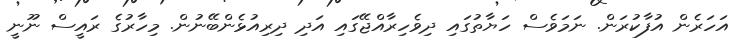
އަހަރެން އުފާކުރަން. ނަމަވެސް ހަޔާތުގައި ދިވެހިރާއްޖޭގައި އަދި ދިރިއުޅެންބޭނުން. މިހާރުގެ ރައީސް ނޫނީ